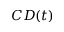
C D ( t )